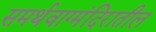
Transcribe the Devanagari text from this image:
समर्थवाग्मंदिरातील